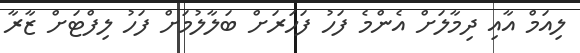
ލިއަމް އާއި ދިމާލަށް އެންމެ ފަހު ފަހަރަށް ބަލާލުމަށް ފަހު ލިފްޓަށް ޒާރާ